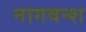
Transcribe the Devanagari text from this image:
नागवन्श